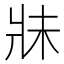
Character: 𱭏